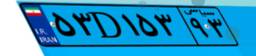
۴۰D۹۱۵۳۶